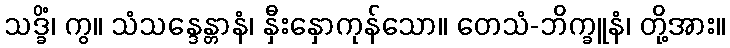
သဒ္ခိံ၊ ကွ။ သံသန္ဒေန္တာနံ၊ နှီးနှောကုန်သော။ တေသံ-ဘိက္ခူနံ၊ တို့အား။